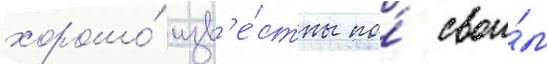
хорошо́ изв'е́стны по́ свои́м